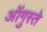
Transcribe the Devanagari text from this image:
ऑगुस्ते